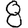
Digit: 8